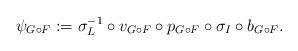
LaTeX: \begin{align*}\psi_{G \circ F} := \sigma_L^{-1} \circ v_{G \circ F} \circ p_{G \circ F} \circ \sigma_I \circ b_{G \circ F}.\end{align*}